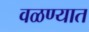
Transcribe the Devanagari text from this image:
वळण्यात